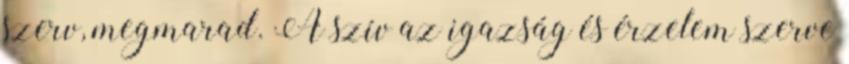
szerv, megmarad. A szív az igazság és érzelem szerve